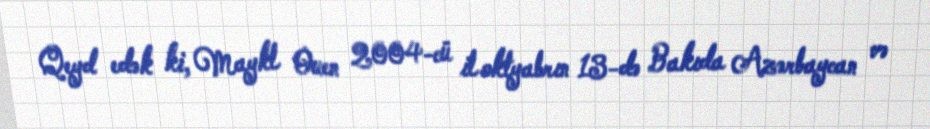
Qeyd edək ki, Maykl Ouen 2004-cü il oktyabrın 13-də Bakıda Azərbaycan və